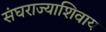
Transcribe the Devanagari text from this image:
संघराज्याशिवाय